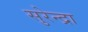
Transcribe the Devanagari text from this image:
सुरेन्द्रा